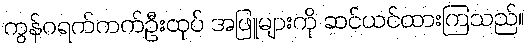
ကွန်ဂရက်ကက်ဦးထုပ် အဖြူများကို ဆင်ယင်ထားကြသည်။